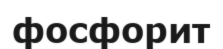
фосфорит